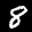
Label: 8